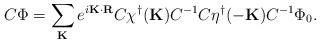
LaTeX: \begin{align*}C\Phi = \sum_{\bf K} e^{i {\bf K \cdot R}}C\chi^\dagger({\bf K})C^{-1} C \eta^\dagger({\bf -K})C^{-1} \Phi_0.\end{align*}